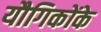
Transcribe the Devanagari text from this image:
यौगिकोंके